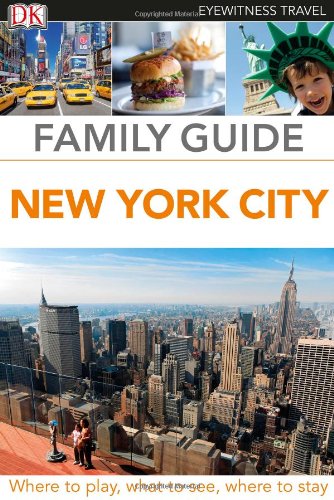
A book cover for Family Guide New York City (Eyewitness Travel Family Guide); DK Publishing; Travel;